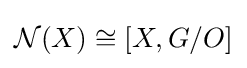
{\mathcal {N}}(X)\cong [X,G/O]